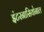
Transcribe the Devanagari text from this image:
इंटरनासियोनाल